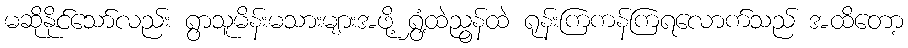
မဆိုနိုင်သော်လည်း ရွာသူမိန်းမသားများအဖို့ ရွှံ့ထဲညွန်ထဲ ရုန်းကြကန်ကြရလောက်သည် အထိတော့